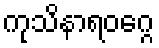
ကုသိနာရဝဂ္ဂေ